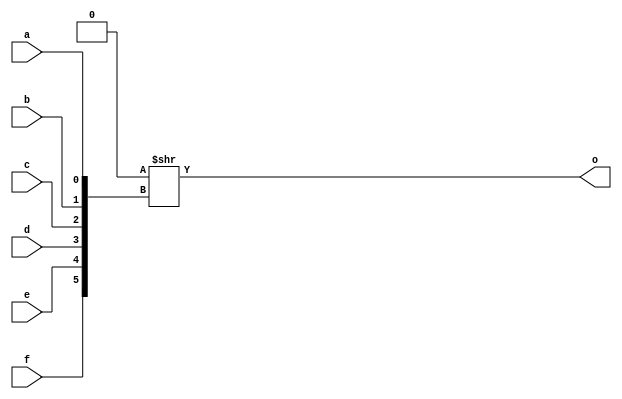
module AL_MAP_LUT6 (
	output o,
	input a,
	input b,
	input c,
	input d,
	input e,
	input f
);
	parameter [63:0] INIT = 64'h0;
	parameter EQN = "(A)";
	assign o = INIT >> {f, e, d, c, b, a};
endmodule